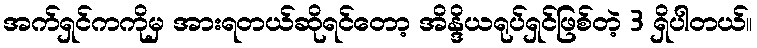
အက်ရှင်ကကိုမှ အားရတယ်ဆိုရင်တော့ အိန္ဒိယရုပ်ရှင်ဖြစ်တဲ့ 3 ရှိပါတယ်။